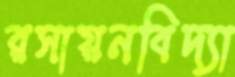
রসায়নবিদ্যা